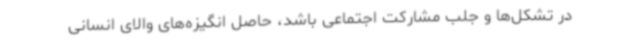
در تشکل‌ها و جلب مشارکت اجتماعی باشد، حاصل انگیزه‌های والای انسانی